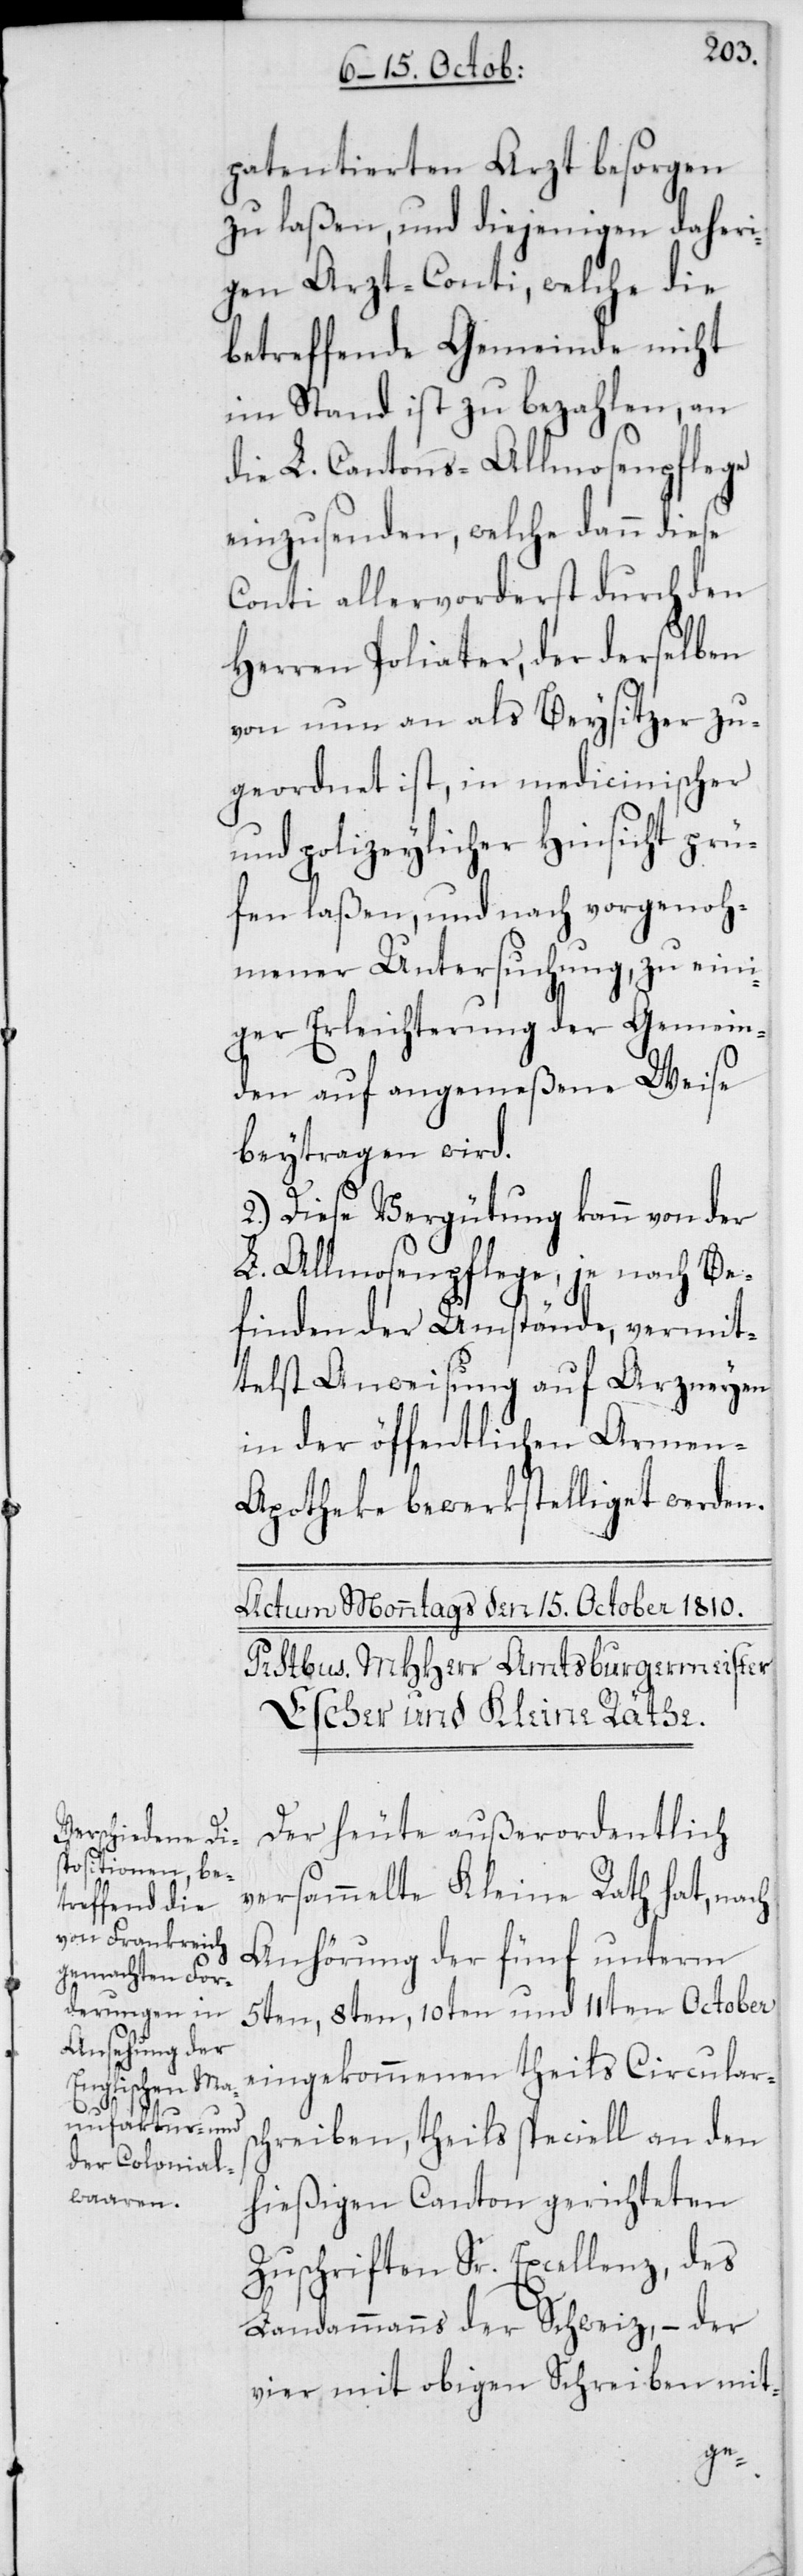
patentierten Arzt besorgen
zu laßen, und diejenigen daheri¬
gen Arzt-Conti, welche die
betreffende Gemeinde nicht
imstand ist zu bezahlen, an
die L. Cantons-Allmosenpflege
einzusenden, welche dann diese
Conti allervorderst durch den
Herren Poliater, der derselben
von nun an als Beysitzer zu¬
geordnet ist, in medicinischer
und polizeylicher Hinsicht prü¬
fen laßen, und nach vorgenoh¬
mener Untersuchung, zu eini¬
ger Erleichterung der Gemein¬
den auf angemeßene Weise
beytragen wird.
2. Diese Vergütung kann von der
L. Allmosenpflege, je nach Be¬
finden der Umstände, vermit¬
telst Anweisung auf Arzneyen
in der öffentlichen Armen-A¬
potheke bewerkstelliget werden.
Der heute außerordentlich
versammelte Kleine Rath hat, nach
Anhörung der fünf unterm
5ten, 8ten, 10ten und 11ten October
eingekommenen theils Circulars¬
chreiben, theils speciell an den
hießigen Canton gerichteten
Zuschriften Sr. Excellenz, des
Landammanns der Schweiz, – der
vier mit obigen Schreiben mit-